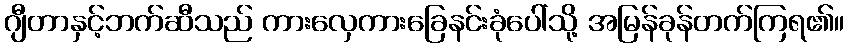
ဂျီတာနှင့်ဘက်ဆီသည် ကားလှေကားခြေနင်းခုံပေါ်သို့ အမြန်ခုန်တက်ကြရ၏။